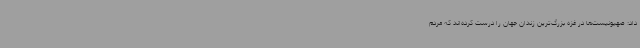
داد: صهیونیست‌ها در غزه بزرگ‌ترین زندان جهان را درست کرده‌اند که مردم